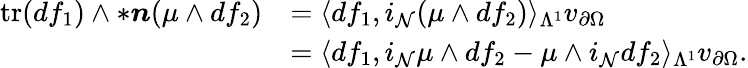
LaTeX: \begin{array}{rl}{\mathrm{tr}(df_{1})\wedge\ast\boldsymbol{n}(\mu\wedge df_{2})}&{=\langle df_{1},i_{\mathcal{N}}(\mu\wedge df_{2})\rangle_{\Lambda^{1}}v_{\partial\Omega}}\\ &{=\langle df_{1},i_{\mathcal{N}}\mu\wedge df_{2}-\mu\wedge i_{\mathcal{N}}df_{2}\rangle_{\Lambda^{1}}v_{\partial\Omega}.}\end{array}